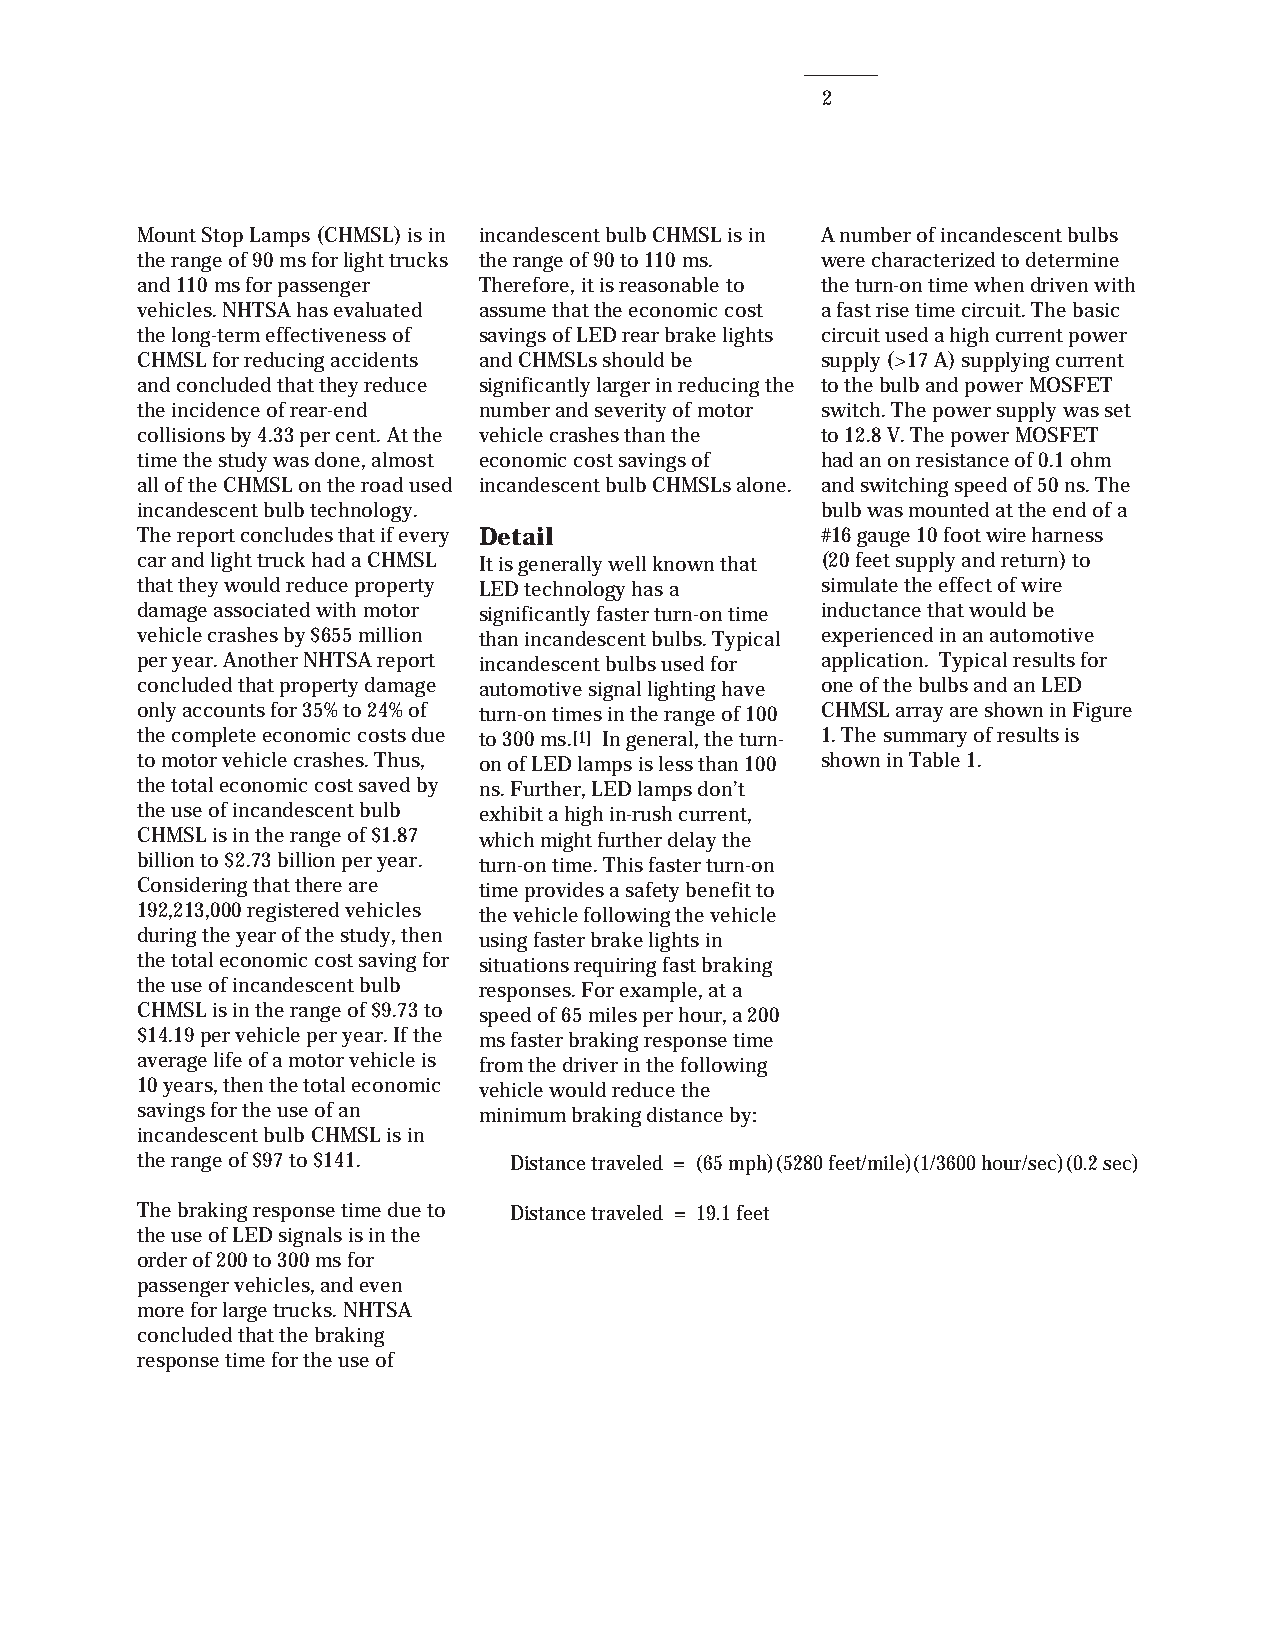
2
 Mount Stop Lamps (CHMSL) is in incandescent bulb CHMSL is in A number of incandescent bulbs
 the range of 90 ms for light trucks the range of 90 to 110 ms. were characterized to determine
 and 110 ms for passenger Therefore, it is reasonable to the turn-on time when driven with
 vehicles. NHTSA has evaluated assume that the economic cost a fast rise time circuit. The basic
 the long-term effectiveness of savings of LED rear brake lights circuit used a high current power
 CHMSL for reducing accidents and CHMSLs should be supply (>17 A) supplying current
 and concluded that they reduce significantly larger in reducing the to the bulb and power MOSFET
 the incidence of rear-end number and severity of motor switch. The power supply was set
 collisions by 4.33 per cent. At the vehicle crashes than the to 12.8 V. The power MOSFET
 time the study was done, almost economic cost savings of had an on resistance of 0.1 ohm
 all of the CHMSL on the road used incandescent bulb CHMSLs alone. and switching speed of 50 ns. The
 incandescent bulb technology.                bulb was mounted at the end of a
 The report concludes that if every Detail    #16 gauge 10 foot wire harness
 car and light truck had a CHMSL It is generally well known that (20 feet supply and return) to
 that they would reduce property LED technology has a simulate the effect of wire
 damage associated with motor significantly faster turn-on time inductance that would be
 vehicle crashes by $655 million than incandescent bulbs. Typical experienced in an automotive
 per year. Another NHTSA report incandescent bulbs used for application. Typical results for
 concluded that property damage automotive signal lighting have one of the bulbs and an LED
 only accounts for 35% to 24% of turn-on times in the range of 100 CHMSL array are shown in Figure
 the complete economic costs due to 300 ms.[1] In general, the turn- 1. The summary of results is
 to motor vehicle crashes. Thus, on of LED lamps is less than 100 shown in Table 1.
 the total economic cost saved by ns. Further, LED lamps don’t
 the use of incandescent bulb exhibit a high in-rush current,
 CHMSL is in the range of $1.87 which might further delay the
 billion to $2.73 billion per year. turn-on time. This faster turn-on
 Considering that there are time provides a safety benefit to
 192,213,000 registered vehicles the vehicle following the vehicle
 during the year of the study, then using faster brake lights in
 the total economic cost saving for situations requiring fast braking
 the use of incandescent bulb responses. For example, at a
 CHMSL is in the range of $9.73 to speed of 65 miles per hour, a 200
 $14.19 per vehicle per year. If the ms faster braking response time
 average life of a motor vehicle is from the driver in the following
 10 years, then the total economic vehicle would reduce the
 savings for the use of an minimum braking distance by:
 incandescent bulb CHMSL is in
 the range of $97 to $141. Distance traveled = (65 mph)(5280 feet/mile)(1/3600 hour/sec)(0.2 sec)
 The braking response time due to Distance traveled = 19.1 feet
 the use of LED signals is in the
 order of 200 to 300 ms for
 passenger vehicles, and even
 more for large trucks. NHTSA
 concluded that the braking
 response time for the use of